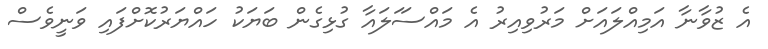
އެ ޒުވާނާ އަމިއްލައަށް މަރުވިއިރު އެ މައްސަަލައާ ގުޅިގެން ބަޔަކު ހައްޔަރުކޮށްފައި ވަނީވެސް